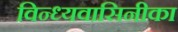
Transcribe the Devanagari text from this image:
विन्ध्यवासिनीका